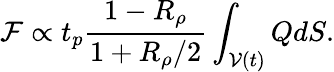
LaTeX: \mathcal{F}\propto t_{p}\frac{1-R_{\rho}}{1+R_{\rho}/2}\int_{\mathcal{V}(t)}QdS.